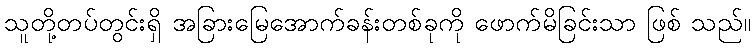
သူတို့တပ်တွင်းရှိ အခြားမြေအောက်ခန်းတစ်ခုကို ဖောက်မိခြင်းသာ ဖြစ် သည်။